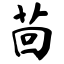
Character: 茴